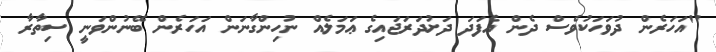
"އަހަރެން ދުވަހަކުވެސް ދެން އެފަދަ ދަށުދަރަޖައިގެ ޢަމަލެއް ނުހިންގާނަން އަހަރެން ބޭނުންވަނީ ސިތާރާ